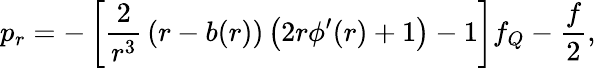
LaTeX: p_{r}=-\left[{\frac{2}{r^{3}}}\left(r-b(r)\right)\left(2r\phi^{\prime}(r)+1\right)-1\right]f_{Q}-\frac{f}{2},